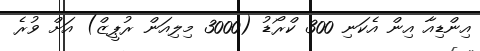
އިންޑިއާ އިން އެކަނި 300 ކްރޯޑު (3000 މިލިއަން ރުޕީޒް) އަށް ވުރެ